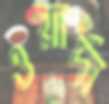
ওয়ার্দা